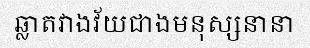
ឆ្លាតវាងវ័យជាងមនុស្សនានា